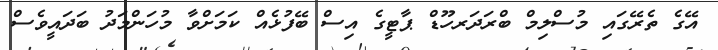
އޭގެ ތެރޭގައި މުސްލިމް ބްރަދަރހޫޑް ޕާޓީގެ އިސް ބޭފުޅެއް ކަމަށްވާ މުހަންމަދު ބަދައީވެސް